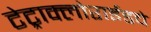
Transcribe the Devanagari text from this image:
टेट्राक्लोराईडचे